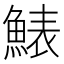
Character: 䱪